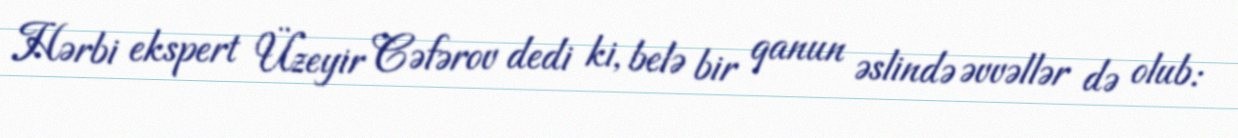
Hərbi ekspert Üzeyir Cəfərov dedi ki, belə bir qanun əslində əvvəllər də olub: